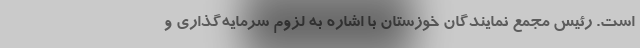
است. رئیس مجمع نمایندگان خوزستان با اشاره به لزوم سرمایه‌گذاری و